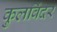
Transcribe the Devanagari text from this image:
कुलविंदर